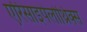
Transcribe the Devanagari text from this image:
एरिसाइपेलोथ्रिक्स